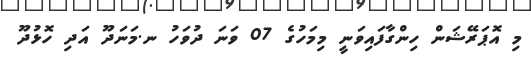
މި އޮޕަރޭޝަން ހިންގާފައިވަނީ މިމަހުގެ 07 ވަނަ ދުވަހު ނ.މަނަދޫ އަދި ހޮޅުދޫ